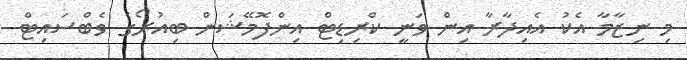
މި ނިޒާމާ އެކު އެއިދާރާ އިން ވަނީ ކްރިޑިޓް އިންފޮމޭޝަން ބިއުރޯގެ ވެބްސައިޓް